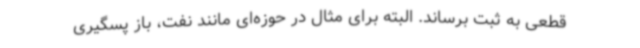
قطعی به ثبت برساند. البته برای مثال در حوزه‌ای مانند نفت، باز پسگیری